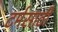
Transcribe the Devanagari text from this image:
टर्मसाठी